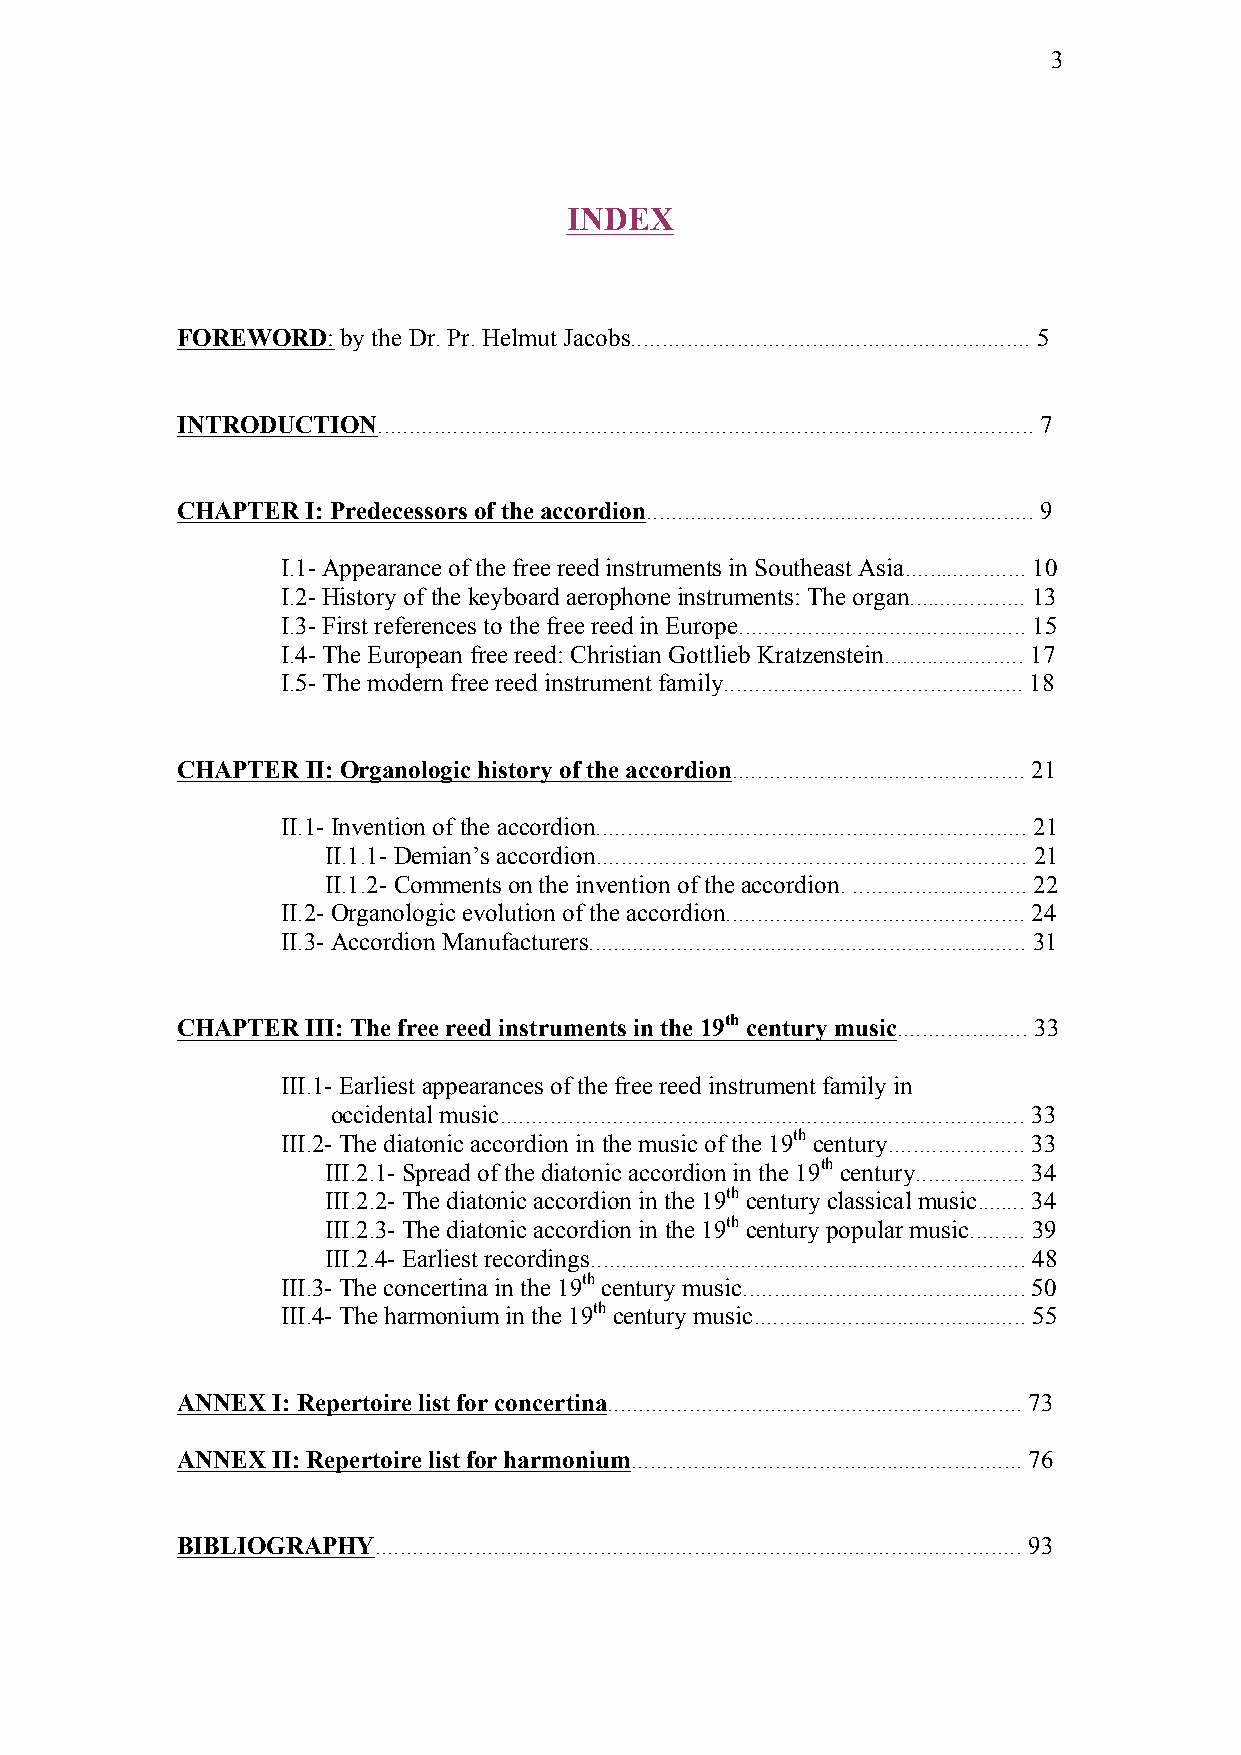
3
 INDEX
 FOREWORD:  by the Dr. Pr. Helmut Jacobs................................................................ 5
 INTRODUCTION......................................................................................................... 7
 CHAPTER I: Predecessors of the accordion.............................................................. 9
 I.1- Appearance of the free reed instruments in Southeast Asia.................... 10
 I.2- History of the keyboard aerophone instruments: The organ................... 13
 I.3- First references to the free reed in Europe.............................................. 15
 I.4- The European free reed: Christian Gottlieb Kratzenstein....................... 17
 I.5- The modern free reed instrument family................................................ 18
 CHAPTER II: Organologic history of the accordion............................................... 21
 II.1- Invention of the accordion..................................................................... 21
 II.1.1- Demian’s accordion..................................................................... 21
 II.1.2- Comments on the invention of the accordion. ............................ 22
 II.2- Organologic evolution of the accordion................................................ 24
 II.3- Accordion Manufacturers...................................................................... 31
 CHAPTER III: The free reed instruments in the 19th century music..................... 33
 III.1- Earliest appearances of the free reed instrument family in
 occidental music.................................................................................... 33
 III.2- The diatonic accordion in the music of the 19th century...................... 33
 III.2.1- Spread of the diatonic accordion in the 19th century.................. 34
 III.2.2- The diatonic accordion in the 19th century classical music........ 34
 III.2.3- The diatonic accordion in the 19th century popular music......... 39
 III.2.4- Earliest recordings...................................................................... 48
 III.3- The concertina in the 19th century music.............................................. 50
 III.4- The harmonium in the 19th century music............................................ 55
 ANNEX I: Repertoire list for concertina................................................................... 73
 ANNEX II: Repertoire list for harmonium............................................................... 76
 BIBLIOGRAPHY........................................................................................................ 93